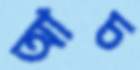
আচ